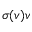
\sigma ( v ) v